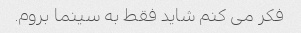
فکر می کنم شاید فقط به سینما بروم.